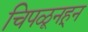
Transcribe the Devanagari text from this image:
चिपळूनहून